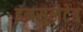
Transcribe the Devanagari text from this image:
इनसुलेटेड